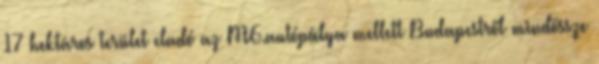
17 hektáros terület eladó az M6.autópálya mellett Budapestről mindössze